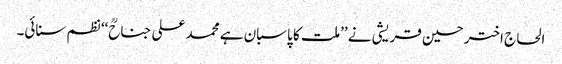
الحاج اختر حسین قریشی نے ’’ملت کا پاسبان ہے محمد علی جناحؒ‘‘ نظم سنائی۔